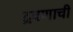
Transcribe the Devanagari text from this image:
द्रवणाची